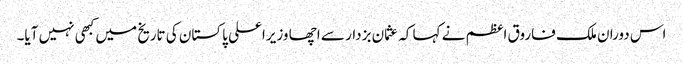
اس دوران ملک فاروق اعظم نے کہا کہ عثمان بزدار سے اچھا وزیراعلی پاکستان کی تاریخ میں کبھی نہیں آیا۔